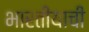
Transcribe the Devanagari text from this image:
भारतीयाची